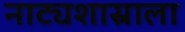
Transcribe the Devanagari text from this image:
नाट्यशास्राला